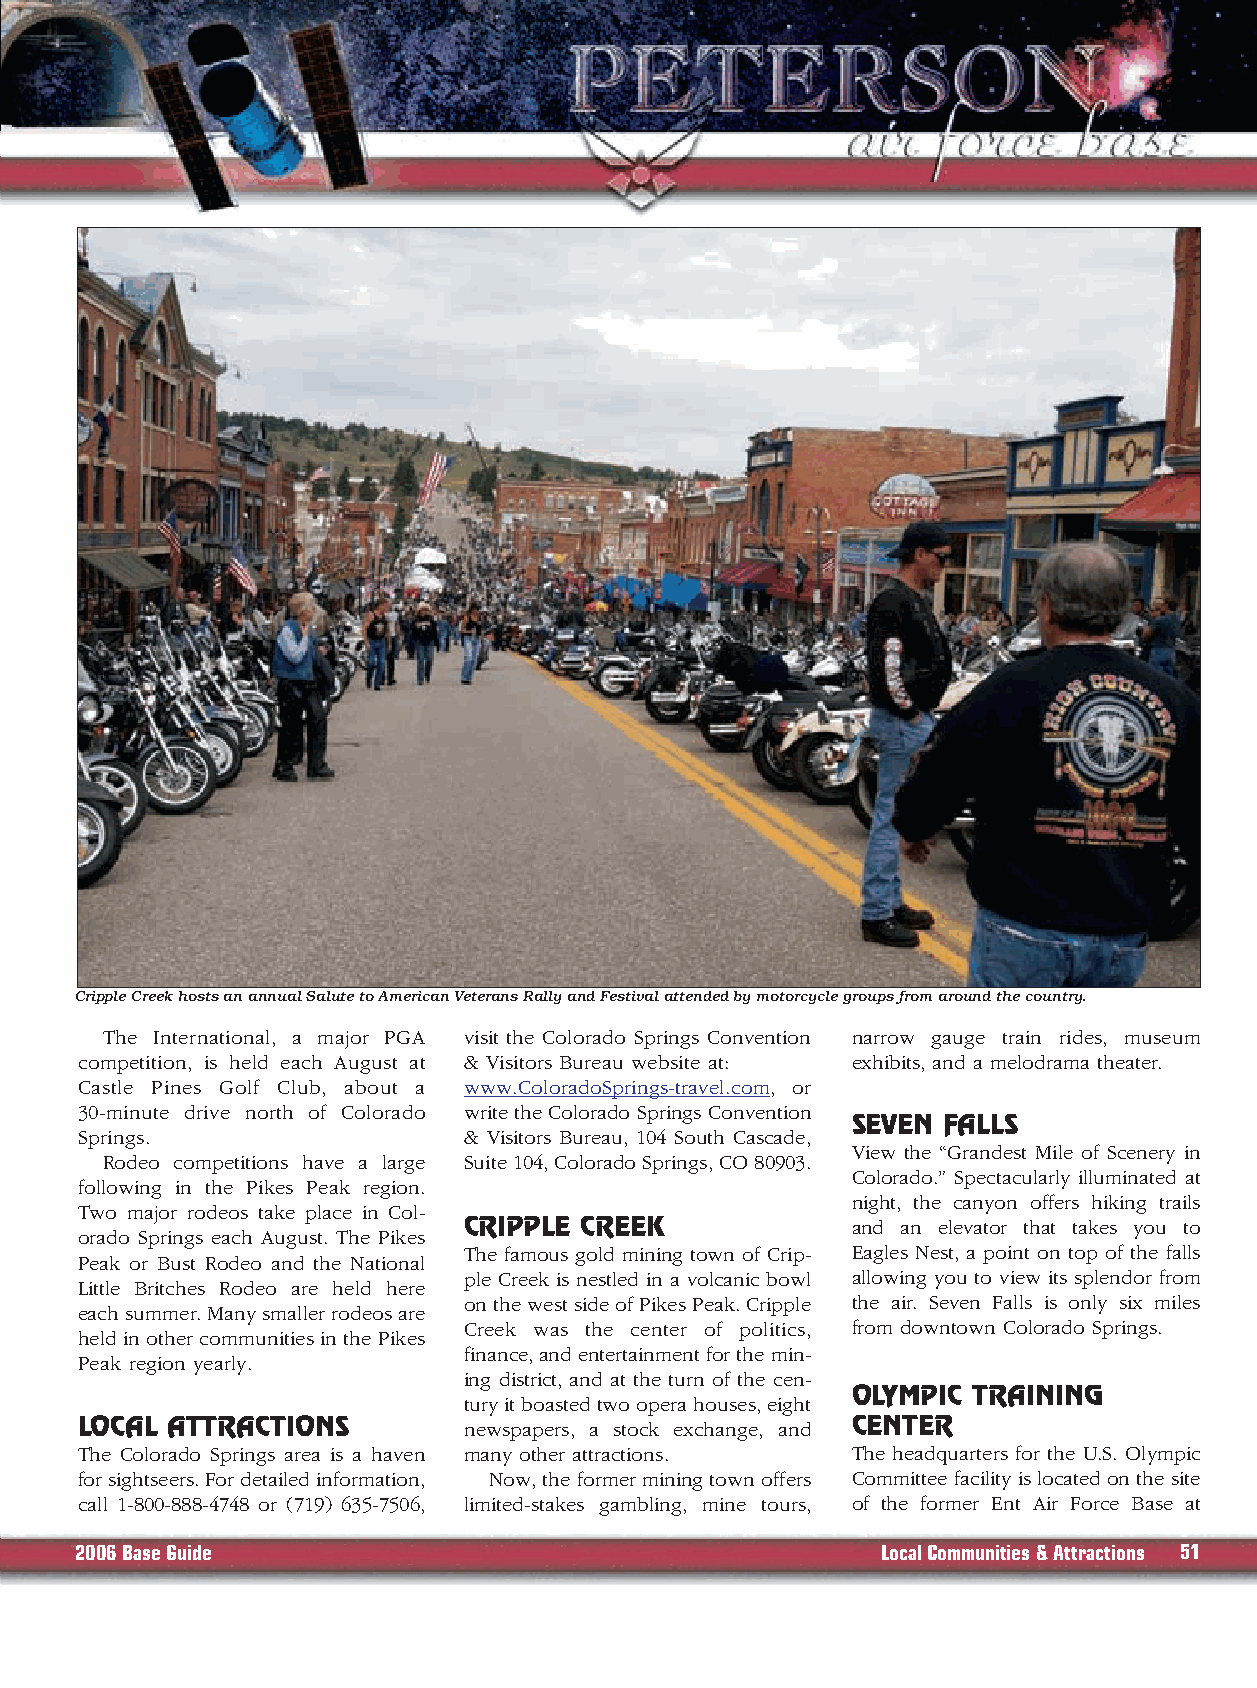
Cripple Creek hosts an annual Salute to American Veterans Rally and Festival attended by motorcycle groups from around the country.
 The International, a major PGA visit the Colorado Springs Convention narrow gauge train rides, museum
 competition, is held each August at & Visitors Bureau website at: exhibits, and a melodrama theater.
 Castle Pines Golf Club, about a www.ColoradoSprings-travel.com, or
 30-minute drive north of Colorado write the Colorado Springs Convention
 SEVEN FALLS
 Springs.                  & Visitors Bureau, 104 South Cascade,
 View the “Grandest Mile of Scenery in
 Rodeo competitions have a large Suite 104, Colorado Springs, CO 80903.
 Colorado.” Spectacularly illuminated at
 following in the Pikes Peak region.
 night, the canyon offers hiking trails
 Two major rodeos take place in Col-
 CRIPPLE CREEK            and an elevator that takes you to
 orado Springs each August. The Pikes
 The famous gold mining town of Crip- Eagles Nest, a point on top of the falls
 Peak or Bust Rodeo and the National
 ple Creek is nestled in a volcanic bowl allowing you to view its splendor from
 Little Britches Rodeo are held here
 on the west side of Pikes Peak. Cripple the air. Seven Falls is only six miles
 each summer. Many smaller rodeos are
 Creek was the center of politics, from downtown Colorado Springs.
 held in other communities in the Pikes
 finance, and entertainment for the min-
 Peak region yearly.
 ing district, and at the turn of the cen-
 OLYMPIC TRAINING
 tury it boasted two opera houses, eight
 LOCAL ATTRACTIONS         newspapers, a stock exchange, and CENTER
 The Colorado Springs area is a haven many other attractions. The headquarters for the U.S. Olympic
 for sightseers. For detailed information, Now, the former mining town offers Committee facility is located on the site
 call 1-800-888-4748 or (719) 635-7506, limited-stakes gambling, mine tours, of the former Ent Air Force Base at
 2006 Base Guide                                      LocalCommunities & Attractions 51